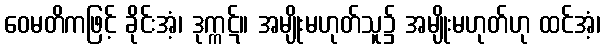
ဝေမတိကဖြင့် ခိုင်းအံ့၊ ဒုက္ကဋ်။ အမျိုးမဟုတ်သူ၌ အမျိုးမဟုတ်ဟု ထင်အံ့၊